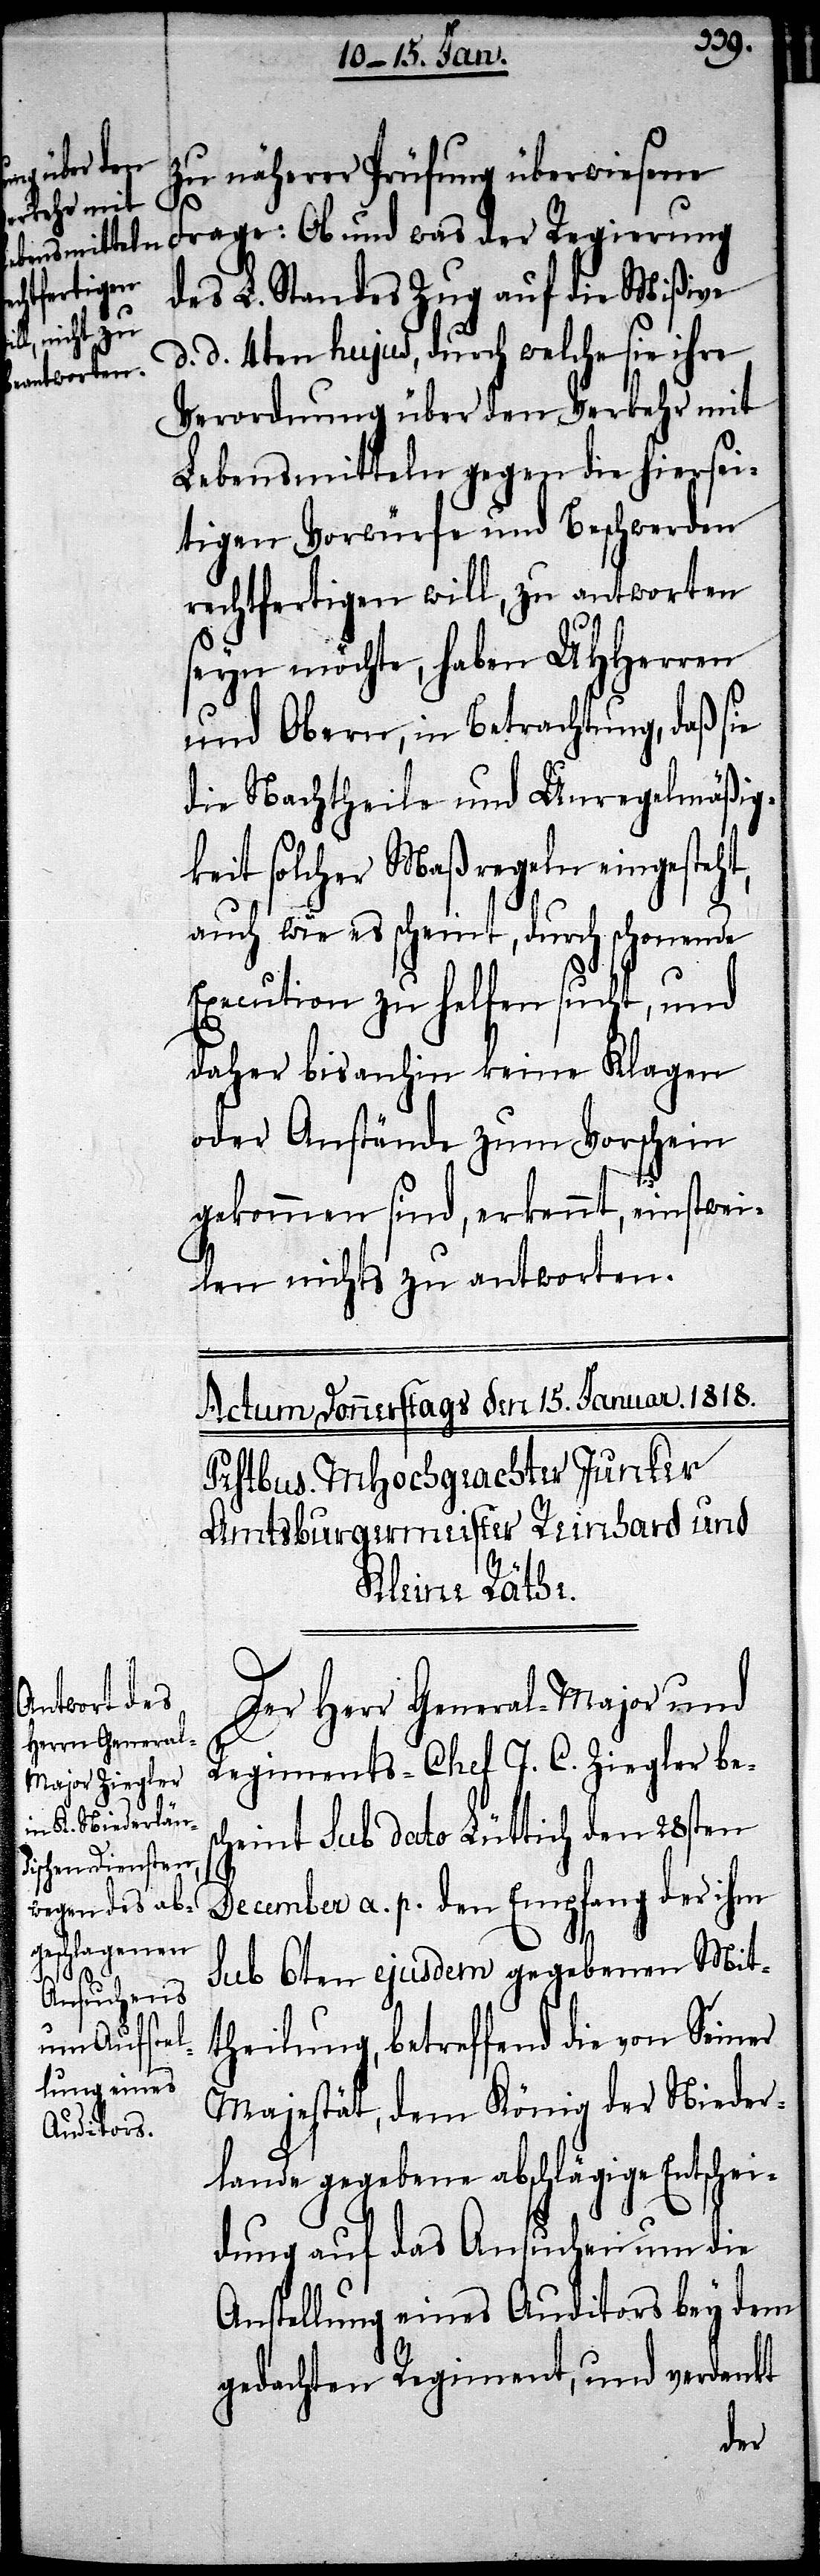
zu näherer Prüfung überwiesene
Regierung
des L. Standes Zug auf die Mißive
d. d. 4ten hujus, durch welche sie ihre
Verordnung über den Verkehr mit
Lebensmitteln gegen die hiersei¬
tigen Vorwürfe und Beschwerden
rechtfertigen will, zu antworten
seyn möchte, haben UHHerren
und Obern, in Betrachtung, daß sie
die Nachtheile und Unregelmäßig¬
keit solcher Maßregeln eingesteht,
auch wie es scheint, durch schonende
Execution zu helfen sucht, und
daher bisanhin keine Klagen
oder Anstände zum Vorschein
gekommen sind, erkennt, einstwei¬
len nicht zu antworten.
Der Herr General-Major und
Regiments-Chef J. C. Ziegler bes¬
cheint sub dato Lüttich den 28sten
December a. p. den Empfang der ihm
sub 6ten ejusdem gegebenen Mit¬
theilung, betreffend die von Seiner
Majestät, dem König der Nieder¬
lande gegebene abschlägige Entschei¬
dung auf das Ansuchen um die
Anstellung eines Auditors bey dem
gedachten Regiment, und verdankt
der